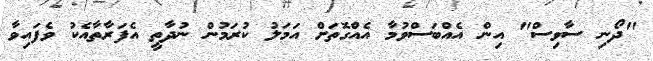
"ދޯނި ސާވިސް" އިން އެއްބަސްވުމާ އެއްގޮތަށް އަމަލު ކުރަމުން ނުދާތީ އެފަރާތާއެކު ވެފައިވާ